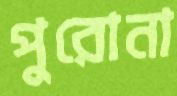
পুরোনা